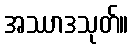
အဿာဒသုတ်။